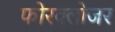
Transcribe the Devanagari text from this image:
फोरक्लोजर